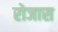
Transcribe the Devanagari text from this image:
रोजास